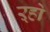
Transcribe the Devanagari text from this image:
ऱ्हो